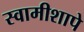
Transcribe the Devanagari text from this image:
स्वामीशापे